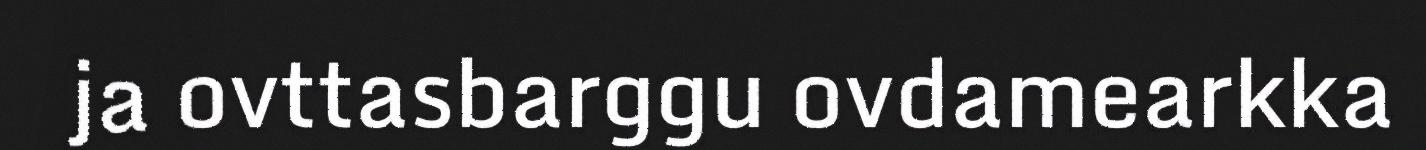
ja ovttasbarggu ovdamearkka